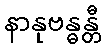
နာနုဗန္ဓန္တီ